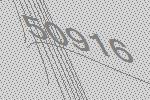
50916